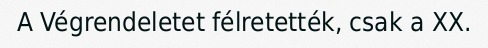
A Végrendeletet félretették, csak a XX.